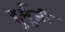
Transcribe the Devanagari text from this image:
हुर्मुजी